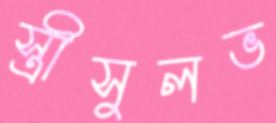
স্ত্রীসুলভ